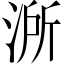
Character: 𣷲